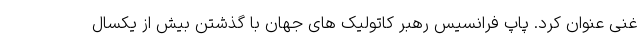
غنی عنوان کرد. پاپ فرانسیس رهبر کاتولیک های جهان با گذشتن بیش از یکسال